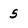
Character: 5